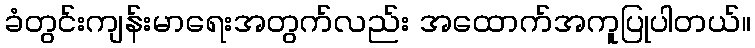
ခံတွင်းကျန်းမာရေးအတွက်လည်း အထောက်အကူပြုပါတယ်။